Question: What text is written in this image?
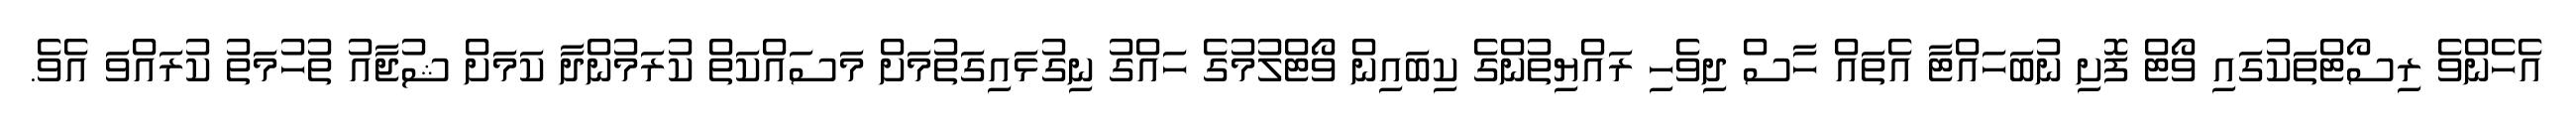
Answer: އެހެންވެ ރިސޯޓްތަކުގައި ވޯޓް ފޮށި ނުބަހައްޓާ އެތައް ހާސް ދިވެހި ރައްޔިތުންގެ ކިބައިން ވޯޓްލުމުގެ ހައްގު ނިގުޅައިގަތުމަށް މަސައްކަތް ކުރަމުންދާ ކަމަށް ޝުޖާއު ތުހުމަތު ކުރައްވަ އެވެ.